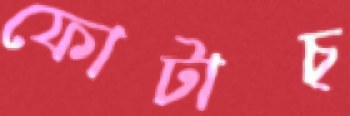
ফোটাচ্